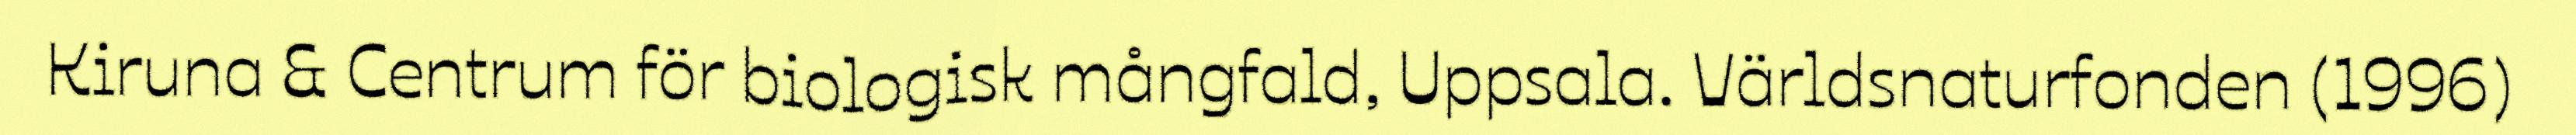
Kiruna & Centrum för biologisk mångfald, Uppsala. Världsnaturfonden (1996)